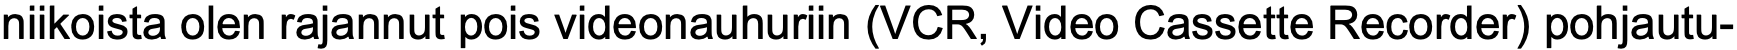
niikoista olen rajannut pois videonauhuriin (VCR, Video Cassette Recorder) pohjautu-